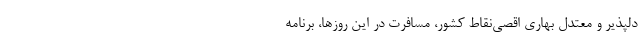
دلپذیر و معتدل بهاریِ اقصی‌نقاط کشور، مسافرت در این روزها، برنامه